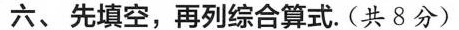
六、先填空，再列综合算式。(共8分)